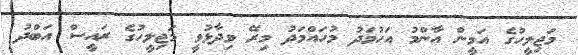
މަޖިލީހުގެ އަމީން އާންމު އަހުމަދު މުހައްމަދު މިރޭ ވިދާޅުވީ މަޖިލީހުގެ ރައީސް އަބްދު